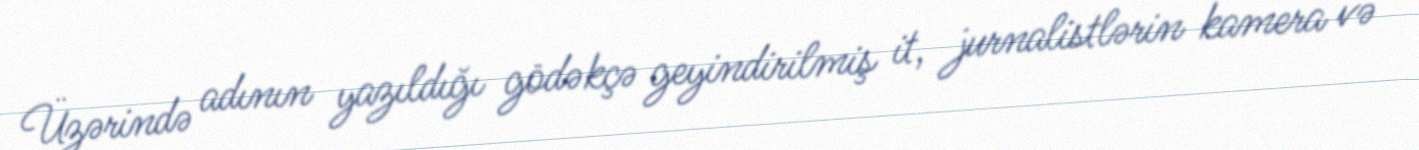
Üzərində adının yazıldığı gödəkçə geyindirilmiş it, jurnalistlərin kamera və